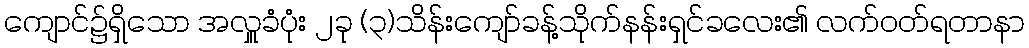
ကျောင်၌ရှိသော အလှူခံပုံး ၂ခု (၃)သိန်းကျော်ခန့်သိုက်နန်းရှင်ခလေး၏ လက်ဝတ်ရတာနာ